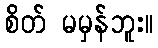
စိတ် မမှန်ဘူး။